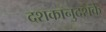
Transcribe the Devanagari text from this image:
दशकानुदशके